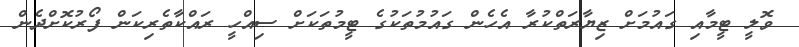
ވޮލީ ޓީމާއި ގައުމަށް ޒިޔާރަތްކުރާ އެހެން ގައުމުތަކުގެ ޓީމުތަކަށް ސިއްހީ ރައްކާތެރިކަން ފޯރުކޮށްދެން